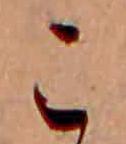
こ